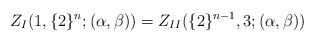
\begin{align*}\begin{aligned}Z_{I}(1,\{2\}^{n};(\alpha,\beta))=Z_{II}(\{2\}^{n-1},3;(\alpha,\beta))\end{aligned}\end{align*}